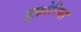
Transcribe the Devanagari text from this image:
यूफ़ोरिया